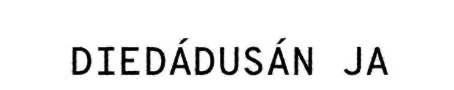
DIEDÁDUSÁN JA